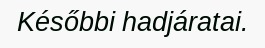
Későbbi hadjáratai.